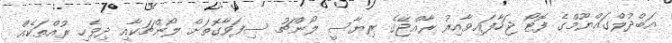
އަބްދުލްގައްޔޫމްގެ ފޮޓޯ ޖަހާފައިވާއިރު ރާއްޖޭގެ ރިޔާސީ ލޯންޗު ސިފަވާގޮތަށް ލޯންޗަކާއި ދިވެހި ރުއްތަކެއް